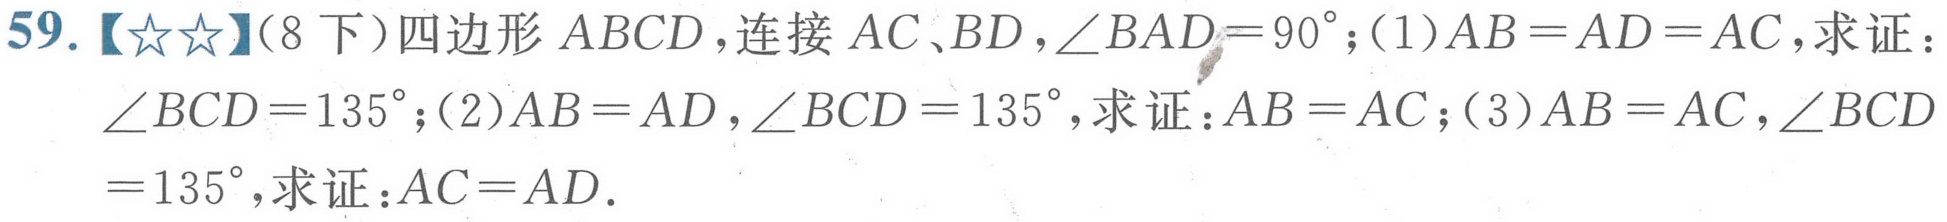
59.【★★】（8下）四边形 \(ABCD\)，连接 \(AC、BD\)，\(\angle BAD = 90^{\circ}\)；(1)\(AB = AD = AC\)，求证：\(\angle BCD = 135^{\circ}\)；(2)\(AB = AD\)，\(\angle BCD = 135^{\circ}\)，求证：\(AB = AC\)；(3)\(AB = AC\)，\(\angle BCD = 135^{\circ}\)，求证：\(AC = AD\).